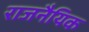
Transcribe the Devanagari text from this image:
राजनैयिक